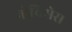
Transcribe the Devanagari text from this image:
नोविसेस